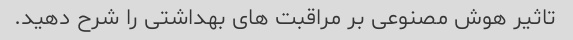
تاثیر هوش مصنوعی بر مراقبت های بهداشتی را شرح دهید.